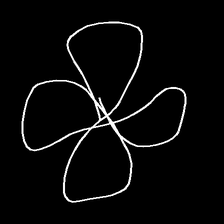
Glyph: billowing